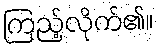
ကြည့်လိုက်၏။